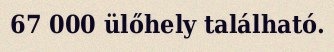
67 000 ülőhely található.